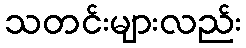
သတင်းများလည်း